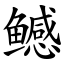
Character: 鳡